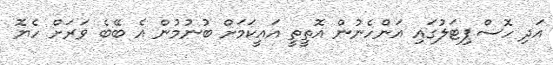
އަދި ހޮސްޕިޓަލުގައި އަންހެނުން އޮތީތީ އައީކަމަށް ބުނުމުން އެ ބޭބެ ވަރަށް ހެޔޮ